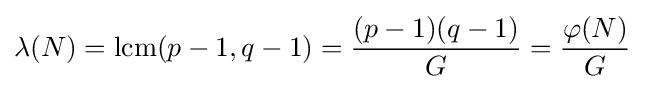
\lambda (N)=\operatorname {lcm} (p-1,q-1)={\frac {(p-1)(q-1)}{G}}={\frac {\varphi (N)}{G}}